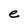
Character: e